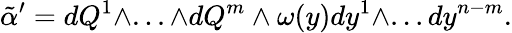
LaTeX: {\tilde{\alpha}}^{\prime}=dQ^{1}\wedge...\wedge dQ^{m}\wedge\omega(y)dy^{1}\wedge...dy^{n-m}.